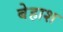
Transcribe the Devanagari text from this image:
बेहाश